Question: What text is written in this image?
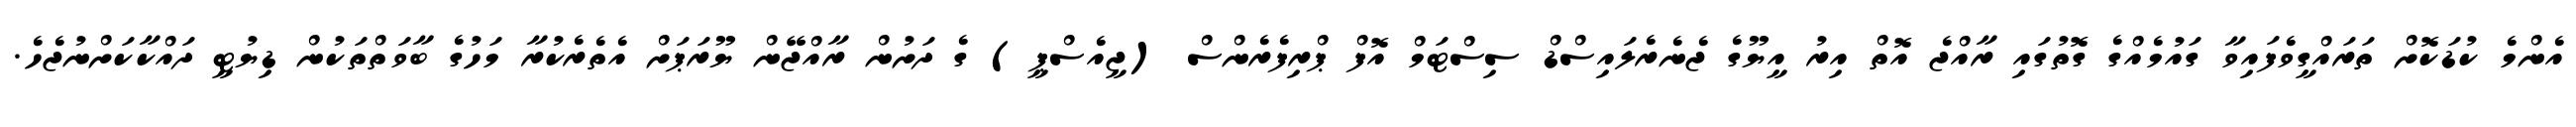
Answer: އެންމެ ކުޑަކޮށް ތަރައްގީވެފައިވާ ގައުމެއްގެ ގޮތުގައި ރާއްޖެ އޮތް އިރު އީޔޫގެ ޖެނެރެލައިސްޑް ސިސްޓަމް އޮފް ޕްރިފެރެންސް (ޖީއެސްޕީ) ގެ ދަށުން ރާއްޖޭން ޔޫރަޕަށް އެތެރެކުރާ މަހުގެ ބާވަތްތަކުން ޑިޔުޓީ ދައްކާކަށްނުޖެހެ.